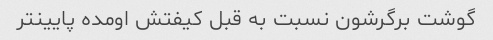
گوشت برگرشون نسبت به قبل کیفتش اومده پایینتر